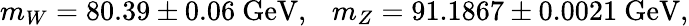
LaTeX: m_{W}=80.39\pm 0.06~\mathrm{GeV},~~~m_{Z}=91.1867\pm 0.0021~\mathrm{GeV},